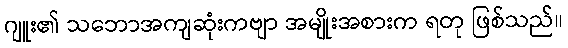
ဂျူး၏ သဘောအကျဆုံးကဗျာ အမျိုးအစားက ရတု ဖြစ်သည်။